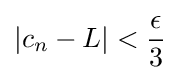
\left|c_{n}-L\right|<{\frac {\epsilon }{3}}